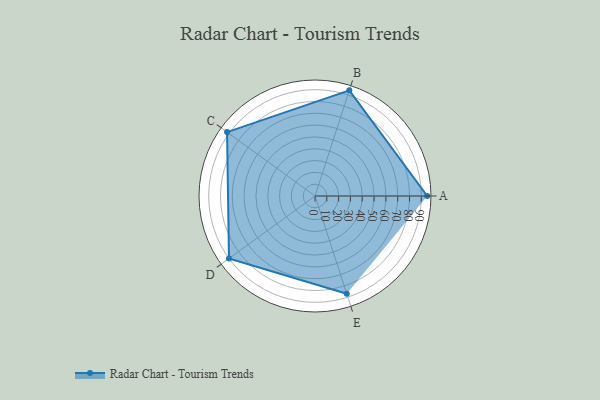
{"axis": {"x": "Skill", "y": "Score"}, "legend": ["Profile"], "data": [{"x": "A", "y": 95.0, "type": "Profile"}, {"x": "B", "y": 94.0, "type": "Profile"}, {"x": "C", "y": 92.0, "type": "Profile"}, {"x": "D", "y": 90.0, "type": "Profile"}, {"x": "E", "y": 87.0, "type": "Profile"}]}